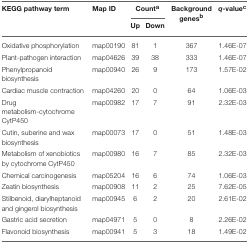
<table><thead><tr><td><b>KEGG pathway term</b></td><td><b>Map ID</b></td><td colspan="2"><b>Count<sup>a</sup></b></td><td><b>Background genes<sup>b</sup></b></td><td><b><i>q</i>-value<sup>c</sup></b></td></tr><tr><td></td><td></td><td><b>Up</b></td><td><b>Down</b></td><td></td><td></td></tr></thead><tbody><tr><td>Oxidative phosphorylation</td><td>map00190</td><td>81</td><td>1</td><td>367</td><td>1.46E-07</td></tr><tr><td>Plant-pathogen interaction</td><td>map04626</td><td>39</td><td>38</td><td>333</td><td>1.46E-07</td></tr><tr><td>Phenylpropanoid biosynthesis</td><td>map00940</td><td>26</td><td>9</td><td>173</td><td>1.57E-02</td></tr><tr><td>Cardiac muscle contraction</td><td>map04260</td><td>20</td><td>0</td><td>64</td><td>1.06E-03</td></tr><tr><td>Drug metabolism-cytochrome CytP450</td><td>map00982</td><td>17</td><td>7</td><td>91</td><td>2.32E-03</td></tr><tr><td>Cutin, suberine and wax biosynthesis</td><td>map00073</td><td>17</td><td>0</td><td>51</td><td>1.48E-03</td></tr><tr><td>Metabolism of xenobiotics by cytochrome CytP450</td><td>map00980</td><td>16</td><td>7</td><td>85</td><td>2.32E-03</td></tr><tr><td>Chemical carcinogenesis</td><td>map05204</td><td>16</td><td>6</td><td>74</td><td>1.06E-03</td></tr><tr><td>Zeatin biosynthesis</td><td>map00908</td><td>11</td><td>2</td><td>25</td><td>7.62E-05</td></tr><tr><td>Stilbenoid, diarylheptanoid and gingerol biosynthesis</td><td>map00945</td><td>6</td><td>2</td><td>20</td><td>2.61E-02</td></tr><tr><td>Gastric acid secretion</td><td>map04971</td><td>5</td><td>0</td><td>8</td><td>2.26E-02</td></tr><tr><td>Flavonoid biosynthesis</td><td>map00941</td><td>5</td><td>3</td><td>18</td><td>1.49E-02</td></tr></tbody></table>